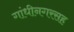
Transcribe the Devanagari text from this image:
गांधीनगरसह